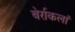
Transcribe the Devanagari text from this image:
बेर्राकलां